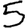
Digit: 5